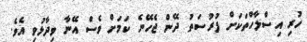
ހުރި އިސްލާހްތަކަށް ފުރުސަތު ދޭން ޖެހޭނެ ކަމަށް ވެސް އޭނާ ވިދާޅުވި އެވެ.